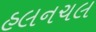
હલનચલ